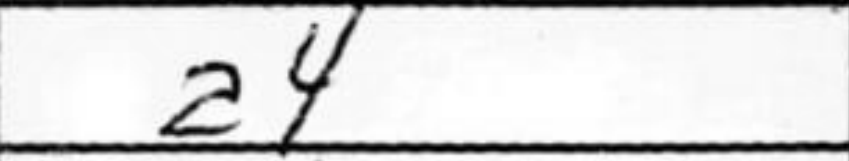
Transcription: a4